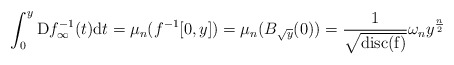
\begin{align*}\int_0^y \mathrm{D}f_\infty^{-1}(t)\mathrm{d}t=\mu_n(f^{-1}[0,y])=\mu_n(B_{\sqrt{y}}(0))=\frac{1}{\sqrt{\mathrm{disc(f)}}}\omega_ny^{\frac{n}{2}}\end{align*}